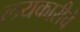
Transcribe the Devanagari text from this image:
लयकारीचे